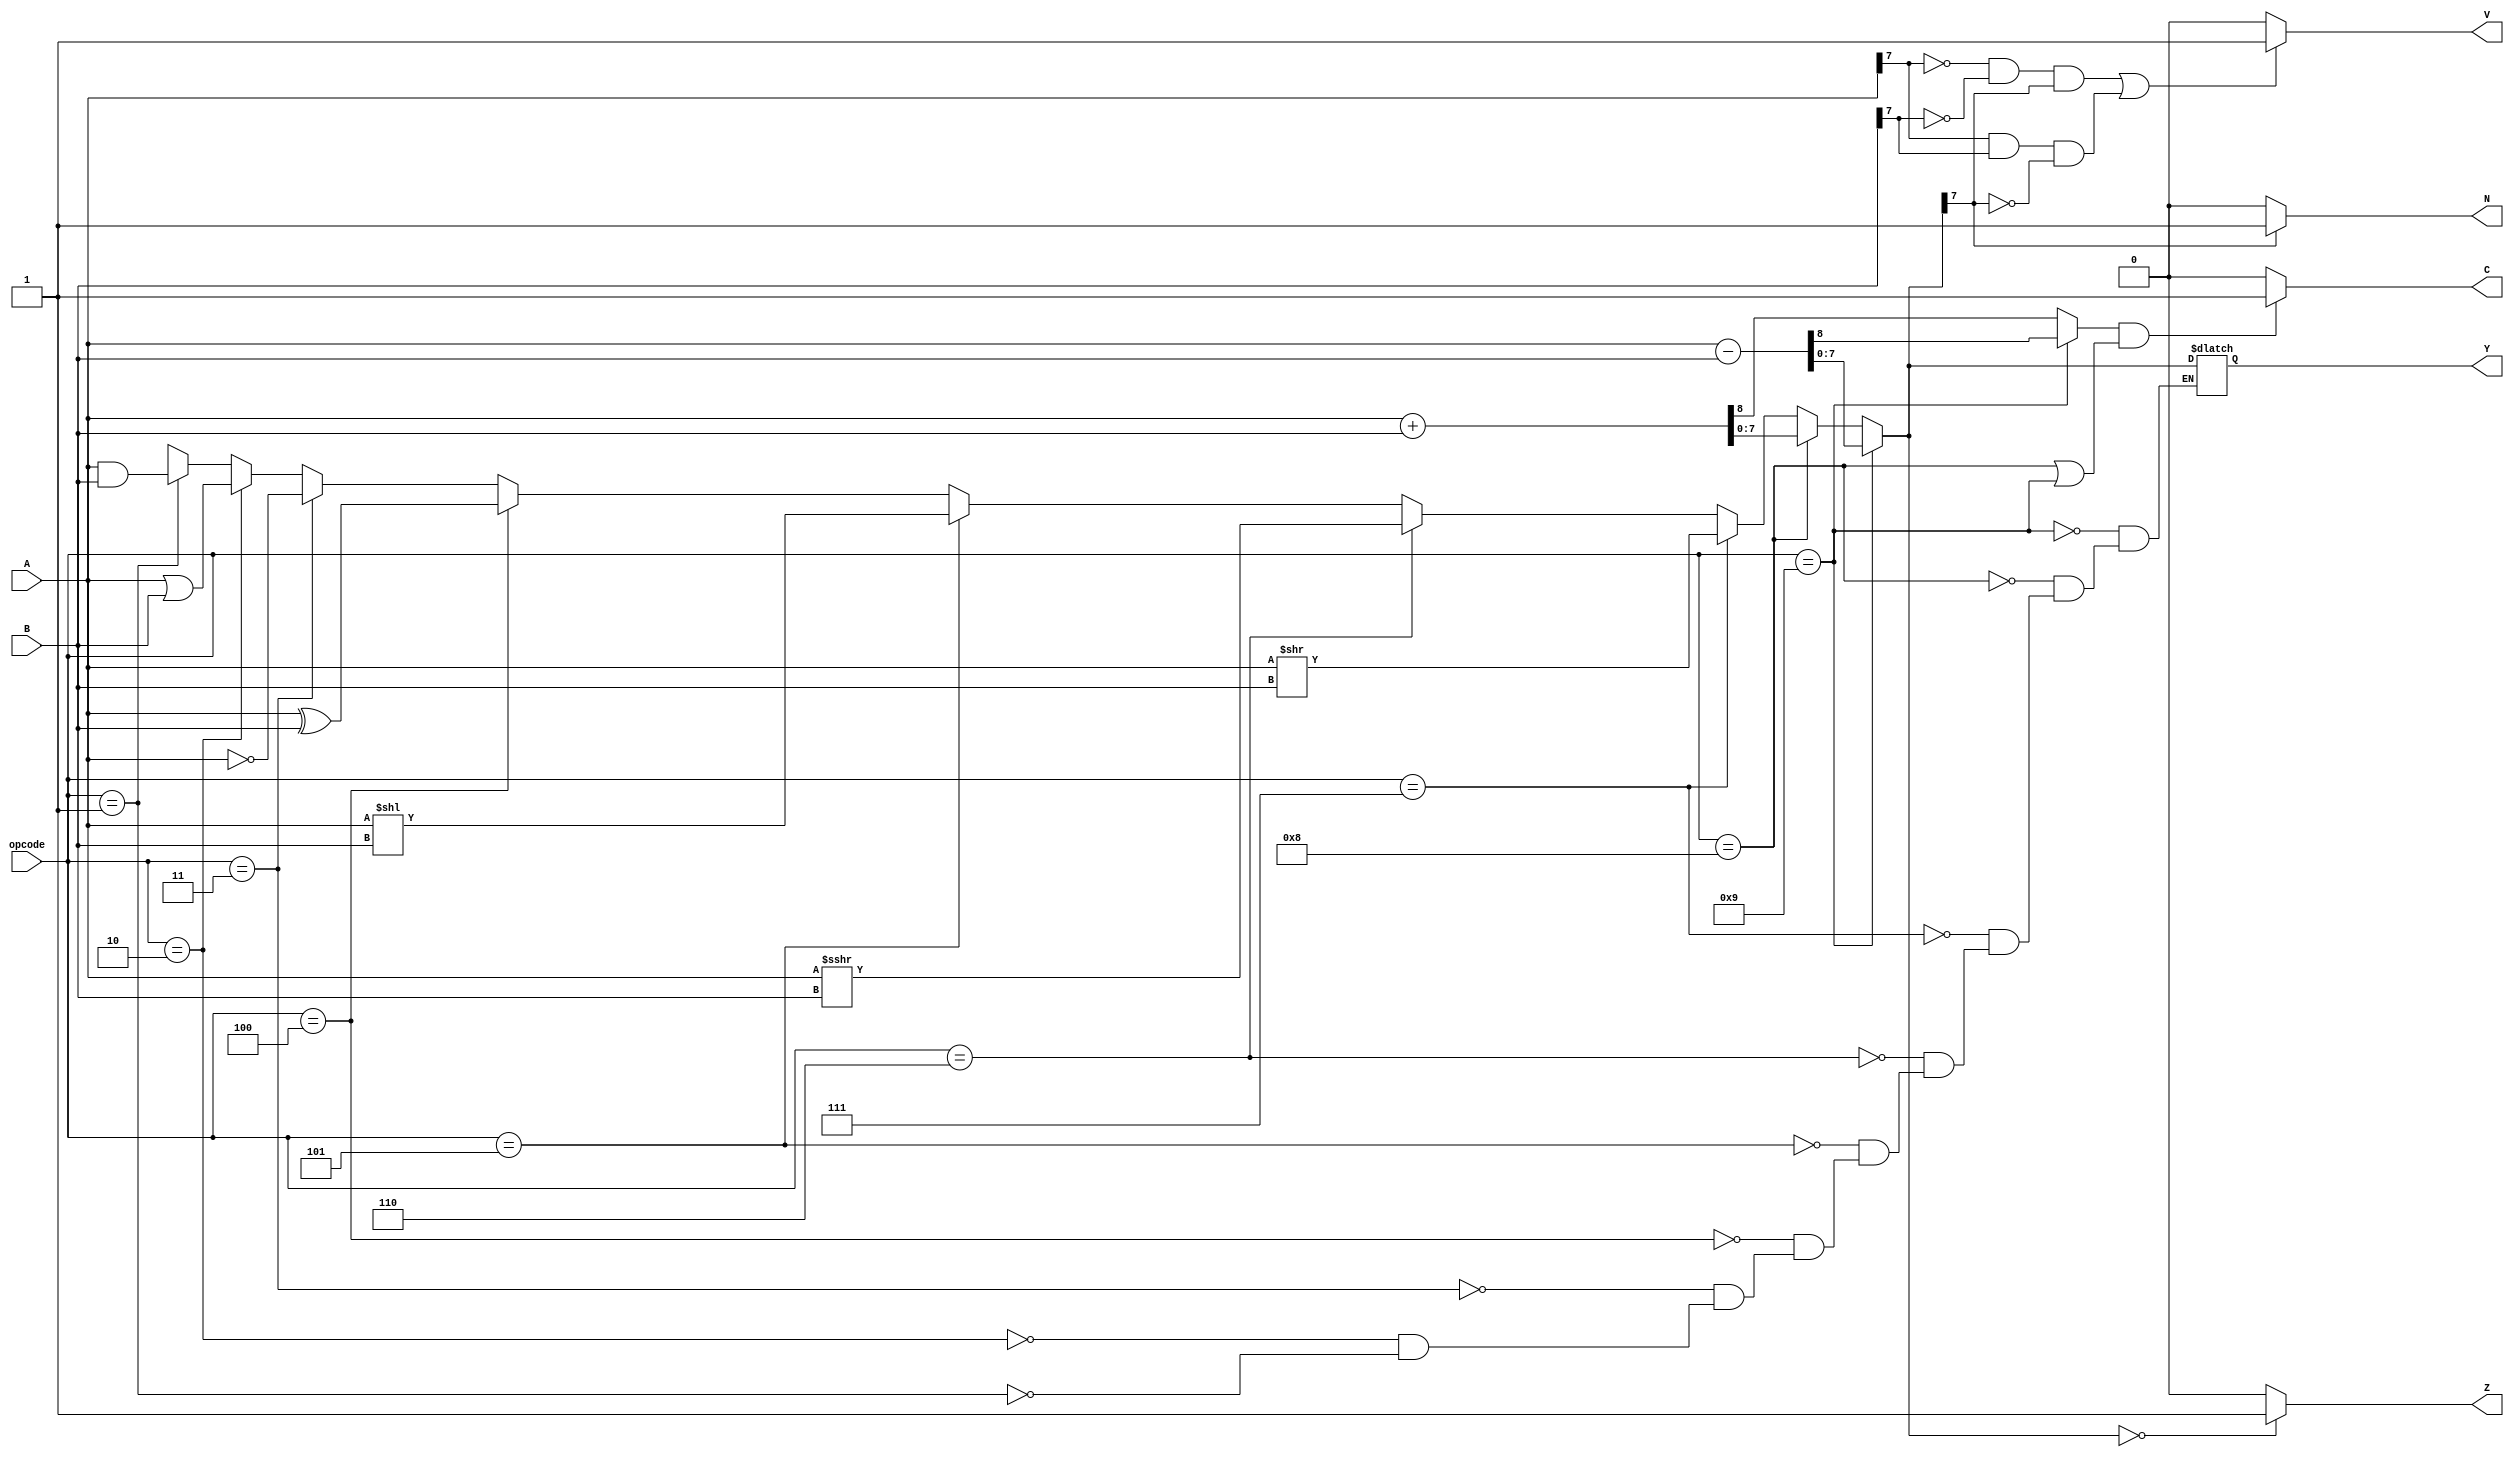
`timescale 1ns / 1ps

module ALU( A, B, Y, opcode, N, Z, C, V);
    input [7:0] A, B;
    input [3:0] opcode;
    reg cout;
    output reg [7:0] Y;
    output reg N, Z, C, V;

    always @( A or B or Y or opcode)
    begin

    
    if (opcode == 4'b0001)
        Y[7:0] = A & B;
    if (opcode == 4'b0010)
        Y[7:0] = A | B;
    if (opcode == 4'b0011)
        Y[7:0] = ~A ;
    if (opcode == 4'b0100)
        Y[7:0] = A ^ B;
    if (opcode == 4'b0101)
        Y[7:0] = A << B;
    if (opcode == 4'b0110)
        Y[7:0] = $signed (A) >>> B;
    if (opcode == 4'b0111)
        Y[7:0] = A >> B;
    if (opcode == 4'b1000)
        {cout, Y} = A + B;
    if (opcode == 4'b1001)
        {cout, Y} = A - B;    
        
    if (Y[7]==1)
        N = 1;
    else
        N = 0;
        
    if (Y[7:0]==0)
        Z = 1;
    else
        Z = 0;
        
    if (A[7]==0&&B[7]==0&&Y[7]==1||A[7]==1&&B[7]==1&&Y[7]==0)
        V = 1;
    else
        V = 0;
    
    if (cout==1&&(opcode==4'b1000||opcode==4'b1001))
        C = 1;
    else
        C = 0;

    end
    
endmodule